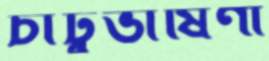
চাটুভাষিণী